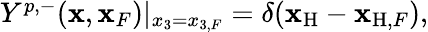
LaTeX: \begin{array}{r}{Y^{p,-}({\mathbf x},{\mathbf x}_{F})|_{x_{3}=x_{3,F}}=\delta({\mathbf x}_{\mathrm{H}}-{\mathbf x}_{\mathrm{H},F}),}\end{array}